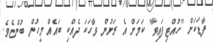
ފާޑަކަށް "ހުއްޓިފައިވާ" ކަމަށް އެ ރަށުން ވާހަކަ ދެއްކި ބައެއް މީހުން ބުންޏެވެ.